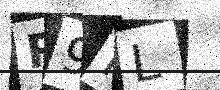
Text: R9RL